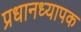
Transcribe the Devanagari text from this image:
प्रधानध्यापक